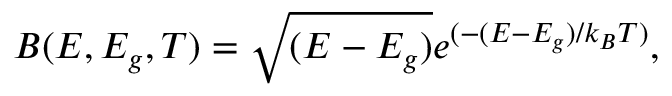
B ( E , E _ { g } , T ) = \sqrt { ( E - E _ { g } ) } e ^ { ( - ( E - E _ { g } ) / k _ { B } T ) } ,